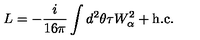
L = - \frac { i } { 1 6 \pi } \int d ^ { 2 } \theta \tau W _ { \alpha } ^ { 2 } + \mathrm { h . c . }